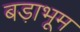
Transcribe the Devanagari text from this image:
बड़ाभूम